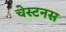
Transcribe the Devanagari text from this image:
चेस्टनस